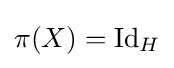
\pi (X)=\operatorname {Id} _{H}